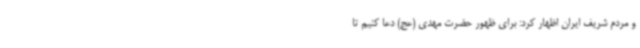
و مردم شریف ایران اظهار کرد: برای ظهور حضرت مهدی (عج) دعا کنیم تا